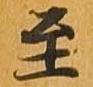
至